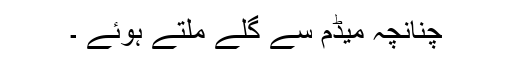
چنانچہ میڈم سے گلے ملتے ہوئے ۔